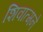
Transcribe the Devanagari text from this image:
शिवात्मने